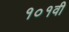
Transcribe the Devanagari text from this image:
१०१वी